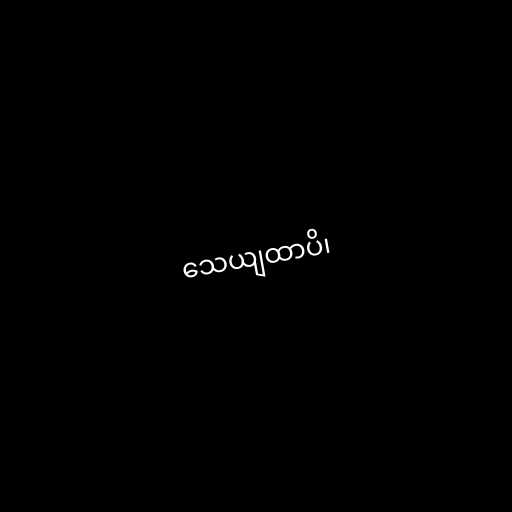
သေယျထာပိ၊